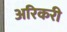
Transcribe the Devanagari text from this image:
अरिकरी